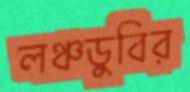
লঞ্চডুবির